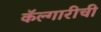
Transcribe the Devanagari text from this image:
कॅल्गारीची